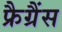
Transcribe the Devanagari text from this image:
फ्रैग्रैंस